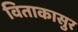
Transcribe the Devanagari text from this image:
विताकासुर